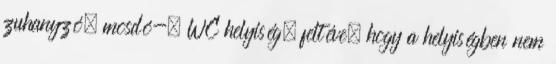
zuhanyzó, mosdó-, WC helyiség, feltéve, hogy a helyiségben nem